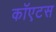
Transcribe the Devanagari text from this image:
कॉएटस